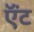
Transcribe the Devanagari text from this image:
ऍंट